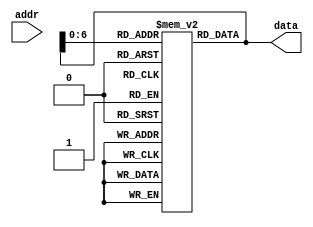
//Name: Phillip Pascual
//CSE-401
//Winter 2019
//Lab 1
//Description: Memory module.  Takes in address and accesses in memory.
//Outputs data in memory.

module mem(
    output reg [31:0] data,
    input wire [31:0] addr);

    reg [31:0] mem [0:127];

    //start
    initial begin
        mem[0] <= 'ha00000aa;
        mem[1] <= 'h10000011;
        mem[2] <= 'h20000022;   
        mem[3] <= 'h30000033;
        mem[4] <= 'h40000044;
        mem[5] <= 'h50000055;
        mem[6] <= 'h60000066;
        mem[7] <= 'h70000077;
        mem[8] <= 'h80000088;
        mem[9] <= 'h90000099;
    end

    always @ (addr) data <= mem[data];
endmodule